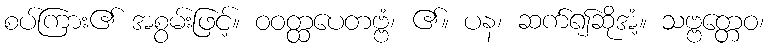
စပ်ကြား၏ အစွမ်းဖြင့်။ ဝဝတ္ထပေတဗ္ဗံ၊ ၏။ ပန၊ ဆက်၍ဆိုအံ့။ သဗ္ဗတ္တေဝ၊